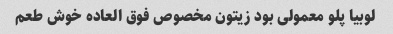
لوبیا پلو معمولی بود زیتون مخصوص فوق العاده خوش طعم